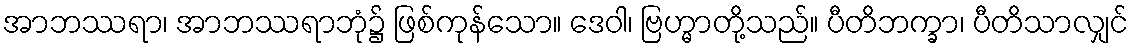
အာဘဿရာ၊ အာဘဿရာဘုံ၌ ဖြစ်ကုန်သော။ ဒေဝါ၊ ဗြဟ္မာတို့သည်။ ပီတိဘက္ခာ၊ ပီတိသာလျှင်